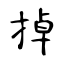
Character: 掉